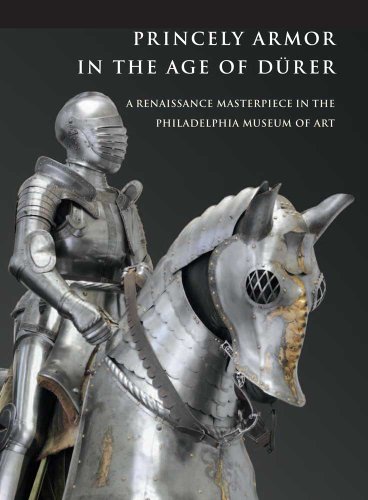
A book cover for Princely Armor in the Age of DÃ¼rer: A Renaissance Masterpiece in the Philadelphia Museum of Art; Pierre Terjanian; Crafts, Hobbies & Home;